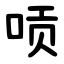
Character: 唝